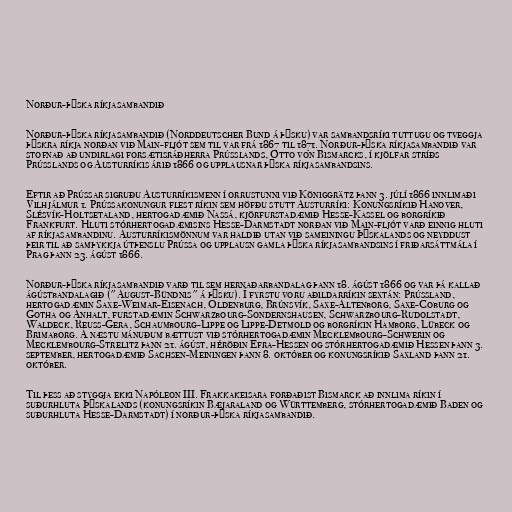
Norður-þýska ríkjasambandið

Norður-þýska ríkjasambandið (Norddeutscher Bund á þýsku) var sambandsríki tuttugu og tveggja
þýskra ríkja norðan við Main-fljót sem til var frá 1867 til 1871. Norður-þýska ríkjasambandið var
stofnað að undirlagi forsætisráðherra Prússlands, Otto von Bismarcks, í kjölfar stríðs
Prússlands og Austurríkis árið 1866 og upplausnar þýska ríkjasambandsins.

Eftir að Prússar sigruðu Austurríkismenn í orrustunni við Königgrätz þann 3. júlí 1866 innlimaði
Vilhjálmur 1. Prússakonungur flest ríkin sem höfðu stutt Austurríki: Konungsríkið Hanover,
Slésvík-Holtsetaland, hertogadæmið Nassá, kjörfurstadæmið Hesse-Kassel og borgríkið
Frankfurt. Hluti stórhertogadæmisins Hesse-Darmstadt norðan við Main-fljót varð einnig hluti
af ríkjasambandinu. Austurríkismönnum var haldið utan við sameiningu Þýskalands og neyddust
þeir til að samþykkja útþenslu Prússa og upplausn gamla þýska ríkjasambandsins í friðarsáttmála í
Prag þann 23. ágúst 1866.

Norður-þýska ríkjasambandið varð til sem hernaðarbandalag þann 18. ágúst 1866 og var þá kallað
ágústbandalagið ("August-Bündnis" á þýsku). Í fyrstu voru aðildarríkin sextán: Prússland,
hertogadæmin Saxe-Weimar-Eisenach, Oldenburg, Brúnsvík, Saxe-Altenborg, Saxe-Coburg og
Gotha og Anhalt, furstadæmin Schwarzbourg-Sondernshausen, Schwarzbourg-Rudolstadt,
Waldeck, Reuss-Gera, Schaumbourg-Lippe og Lippe-Detmold og borgríkin Hamborg, Lübeck og
Brimaborg. Á næstu mánuðum bættust við stórhertogadæmin Mecklembourg-Schwerin og
Mecklembourg-Strelitz þann 21. ágúst, héröðin Efra-Hessen og stórhertogadæmið Hessen þann 3.
september, hertogadæmið Sachsen-Meiningen þann 8. október og konungsríkið Saxland þann 21.
október.

Til þess að styggja ekki Napóleon III. Frakkakeisara forðaðist Bismarck að innlima ríkin í
suðurhluta Þýskalands (konungsríkin Bæjaraland og Württemberg, stórhertogadæmið Baden og
suðurhluta Hesse-Darmstadt) í norður-þýska ríkjasambandið.